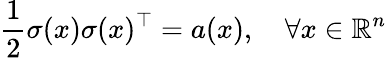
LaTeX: {\frac{1}{2}}\sigma(x)\sigma(x)^{\top}=a(x),\quad\forall x\in\mathbb{R}^{n}